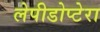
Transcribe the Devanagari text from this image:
लेपीडोप्टेरा